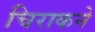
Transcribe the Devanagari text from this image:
चिराकने